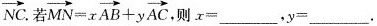
\overrightarrow{NC}.若 $$\overrightarrow { M N } = x \overrightarrow { A B } + y \overrightarrow { A C }$$，则$$x =$$___，$$y =$$___.